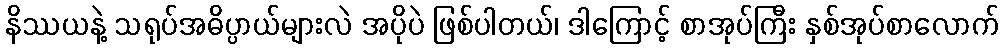
နိဿယနဲ့ သရုပ်အဓိပ္ပာယ်များလဲ အပိုပဲ ဖြစ်ပါတယ်၊ ဒါကြောင့် စာအုပ်ကြီး နှစ်အုပ်စာလောက်